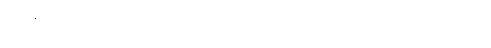
ပဋိဗုဇ္ဈိတွာစ၊ သိပြီး၍လည်း။ တဿ၊ ထိုလာလတ္တံ့သော ဘေးကို။ ပဟာနာယ၊ ပယ်ခြင်းငှာ။